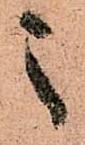
之